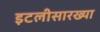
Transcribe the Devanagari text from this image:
इटलीसारख्या